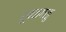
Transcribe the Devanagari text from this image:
रूपकगळु